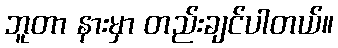
ဘူတာ နားမှာ တည်းချင်ပါတယ်။